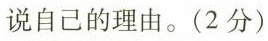
说自己的理由。(2分)